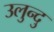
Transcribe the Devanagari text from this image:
उलुन्दु